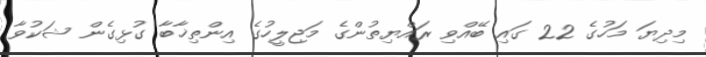
މިދިޔަ މަހުގެ 22 ގައި ބޭއްވި ރައްޔިތުންގެ މަޖިލީހުގެ އިންތިޚާބާ ގުޅިގެން ޝަކުވާ